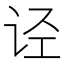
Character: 𰵡